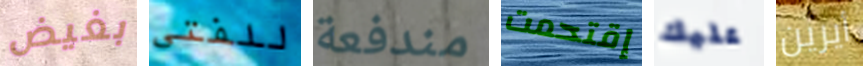
بغيض للفتى مندفعة إقتحمت عليك أيرين